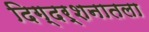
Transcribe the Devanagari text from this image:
दिग्दर्शनातला